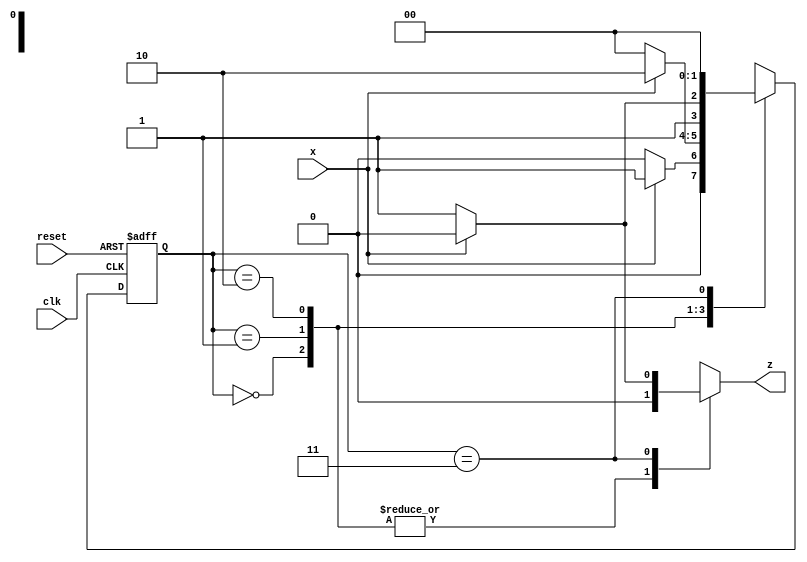
//Non=overlapping

// Code your design here
// Code your design here
module seq_det(x,clk,reset,z);
  input x,clk,reset;
  output reg z;
  parameter S0=0,S1=1,S2=2,S3=3;
  reg [0:1] PS,NS;
  always @(posedge clk or posedge reset)
    if (reset)
      PS<=S0;
  else 
    PS<=NS;
  always @(PS,x)
    case(PS)
      S0:begin
        z=x?0:0;
        NS=x?S1:S0;
      end
      
      S1:begin
        z=x?0:0;
        NS=x?S2:S0;
      end
      
      S2:begin
        z=x?0:0;
        NS=x?S2:S3;
      end
      
      S3:begin
        z=x?0:1;
        NS=x?S0:S0;
      end
    endcase
endmodule